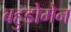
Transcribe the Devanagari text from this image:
बहुडोमेन